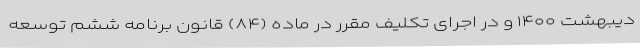
دیبهشت ۱۴۰۰ و در اجرای تکلیف مقرر در ماده (۸۴) قانون برنامه ششم توسعه